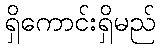
ရှိကောင်းရှိမည်